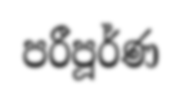
පරීපූර්ණ